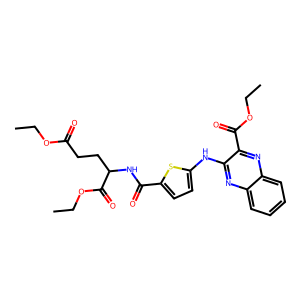
SMILES: CCOC(=O)CCC(NC(=O)c1ccc(Nc2nc3ccccc3nc2C(=O)OCC)s1)C(=O)OCC
Inhibits HIV replication: No